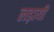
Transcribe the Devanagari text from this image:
लड़ायी